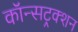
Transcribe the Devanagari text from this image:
कॉन्सट्रक्शन